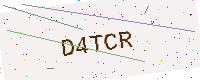
Text: D4TCR